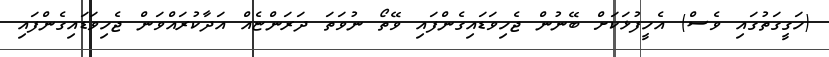
(ހަގީގަތުގައި ވެސް) އެހީފުޅަކަށް ބޭނުން ޖެހިވަޑައިގެންފައި ވޭތޯ ނުވަތަ ދަރަންޏެއް އަދާކުރައްވަން ޖެހިވަޑައިގެންފައި